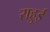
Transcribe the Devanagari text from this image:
राहुई